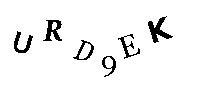
URD9EK